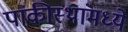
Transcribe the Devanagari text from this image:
पाकीस्थांमध्ये